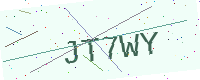
Text: JT7WY